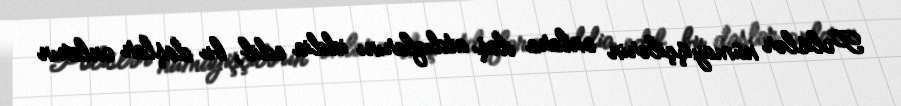
Polislər nümayişçilərin onlara daş atdıqlarını iddia edib, bu daşlar onların